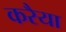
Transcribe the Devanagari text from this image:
करैया